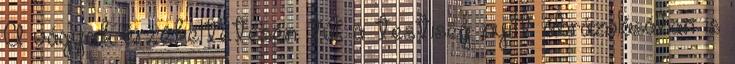
A vágyak érzékeltetésén túl, a testiség nyílt ábrázolásában is